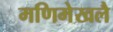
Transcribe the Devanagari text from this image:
मणिमेखलै